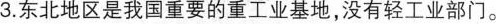
3.东北地区是我国重要的重工业基地，没有轻工业部门。